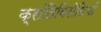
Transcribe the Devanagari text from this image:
क्रांतिविरोधियों